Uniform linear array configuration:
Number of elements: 24
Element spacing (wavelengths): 0.75
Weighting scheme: kaiser
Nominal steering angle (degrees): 60
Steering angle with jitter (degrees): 60.757
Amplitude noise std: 0.05
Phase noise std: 0.05

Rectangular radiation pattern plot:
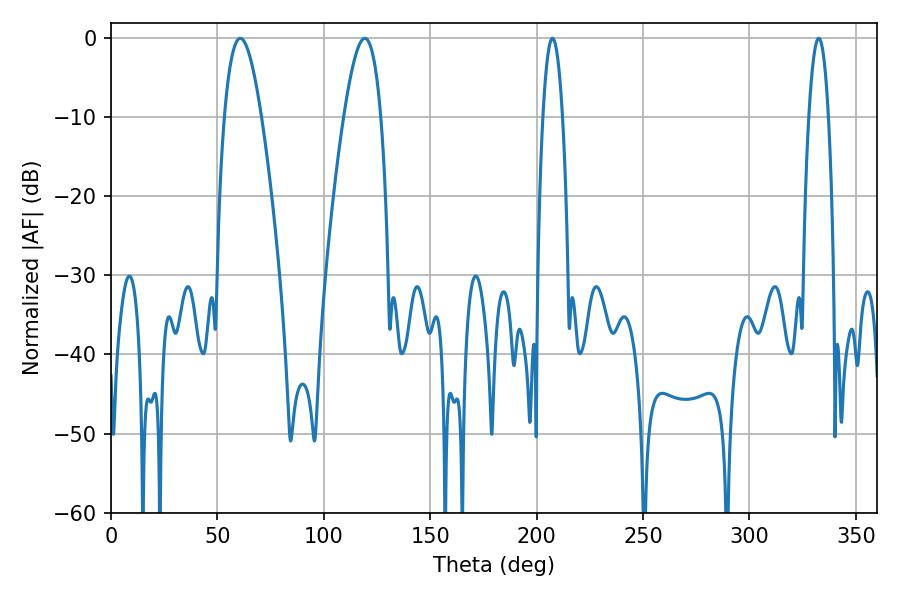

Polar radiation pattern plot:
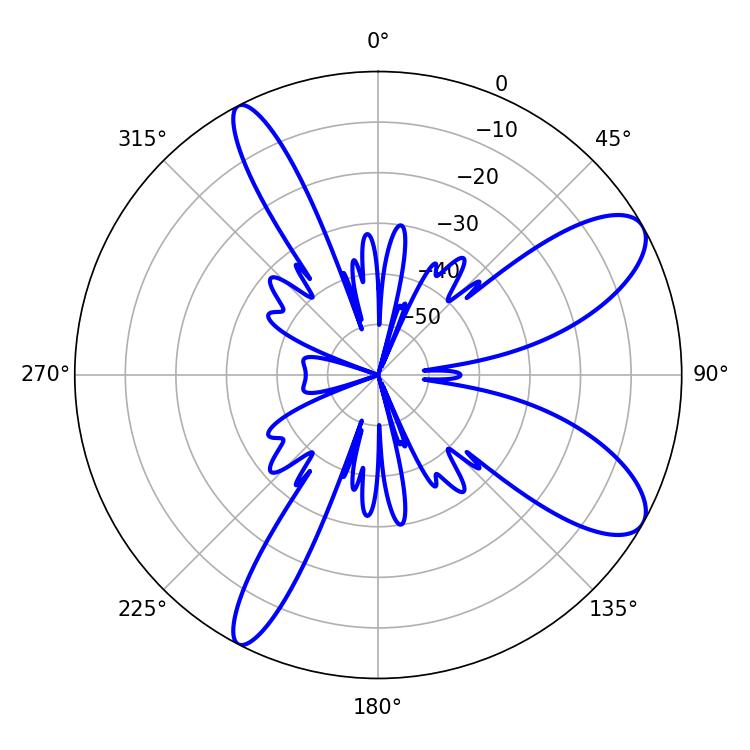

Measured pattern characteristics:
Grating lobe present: TRUE
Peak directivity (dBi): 9.49
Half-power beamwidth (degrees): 9.54
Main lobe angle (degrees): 60.66